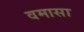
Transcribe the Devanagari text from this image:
वमासा